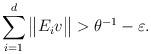
LaTeX: \begin{align*} \sum_{i=1}^d \big\|E_i v\big\| > \theta^{-1} - \varepsilon. \end{align*}